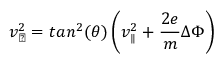
v _ { \perp } ^ { 2 } = t a n ^ { 2 } ( \theta ) \left( v _ { \parallel } ^ { 2 } + \frac { 2 e } { m } \Delta \Phi \right)